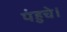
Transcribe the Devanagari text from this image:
पंहुचे।